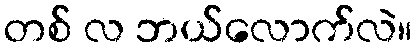
တစ် လ ဘယ်လောက်လဲ။